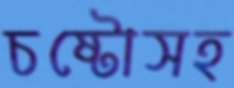
চষ্টোসহ